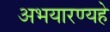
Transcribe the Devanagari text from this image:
अभयारण्यहे